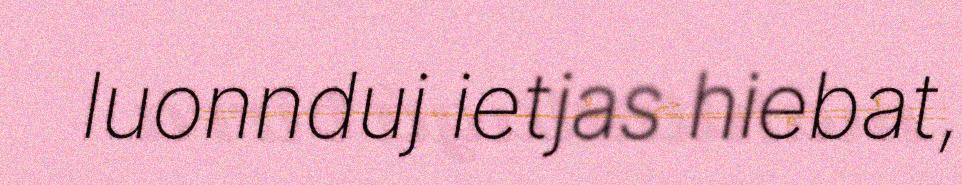
luonnduj ietjas hiebat,